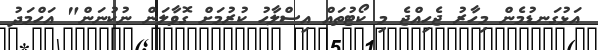
އަޅުގަނޑުމެން މިހާރު ޖެހިއްޖެ މި ކޯޓުތައް އިސްލާހު ކުރުމަށް ގޮވާލަން ނުކުނަން" އަހްމަދު